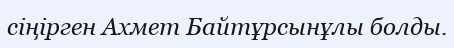
сіңірген Ахмет Байтұрсынұлы болды.